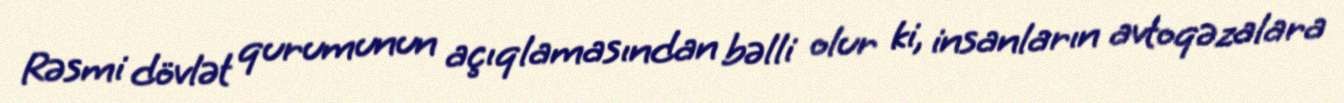
Rəsmi dövlət qurumunun açıqlamasından bəlli olur ki, insanların avtoqəzalara